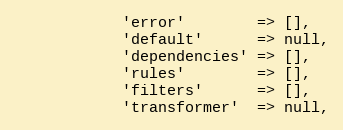
Language: PHP
            'error'        => [],
            'default'      => null,
            'dependencies' => [],
            'rules'        => [],
            'filters'      => [],
            'transformer'  => null,